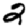
Digit: 2